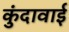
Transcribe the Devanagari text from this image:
कुंदावाई